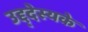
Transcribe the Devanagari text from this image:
उद्द्देस्यके